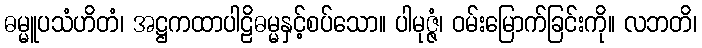
ဓမ္မူပသံဟိတံ၊ အဋ္ဌကထာပါဠိဓမ္မနှင့်စပ်သော။ ပါမုဇ္ဇံ၊ ဝမ်းမြောက်ခြင်းကို။ လဘတိ၊